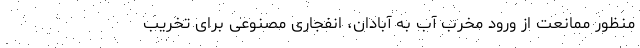
منظور ممانعت از ورود مخرب آب به آبادان، انفجاری مصنوعی برای تخریب